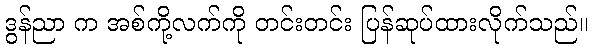
ဒွန်ညာ က အစ်ကို့လက်ကို တင်းတင်း ပြန်ဆုပ်ထားလိုက်သည်။